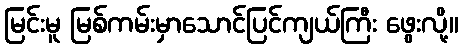
မြင်းမူ မြစ်ကမ်းမှာသောင်ပြင်ကျယ်ကြီး ဖွေးလို့။